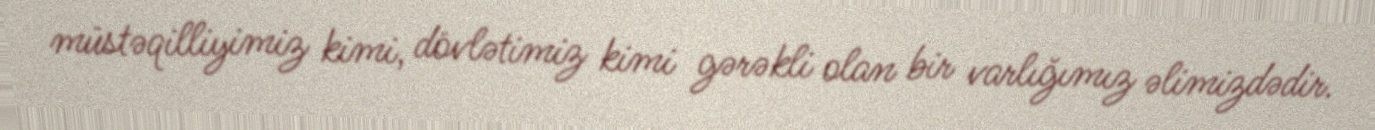
müstəqilliyimiz kimi, dövlətimiz kimi gərəkli olan bir varlığımız əlimizdədir.